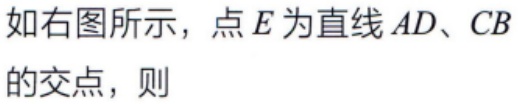
如右图所示，点\(E\)为直线\(AD、CB\)的交点，则